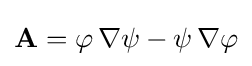
\mathbf {A} =\varphi \,\nabla \psi -\psi \,\nabla \varphi